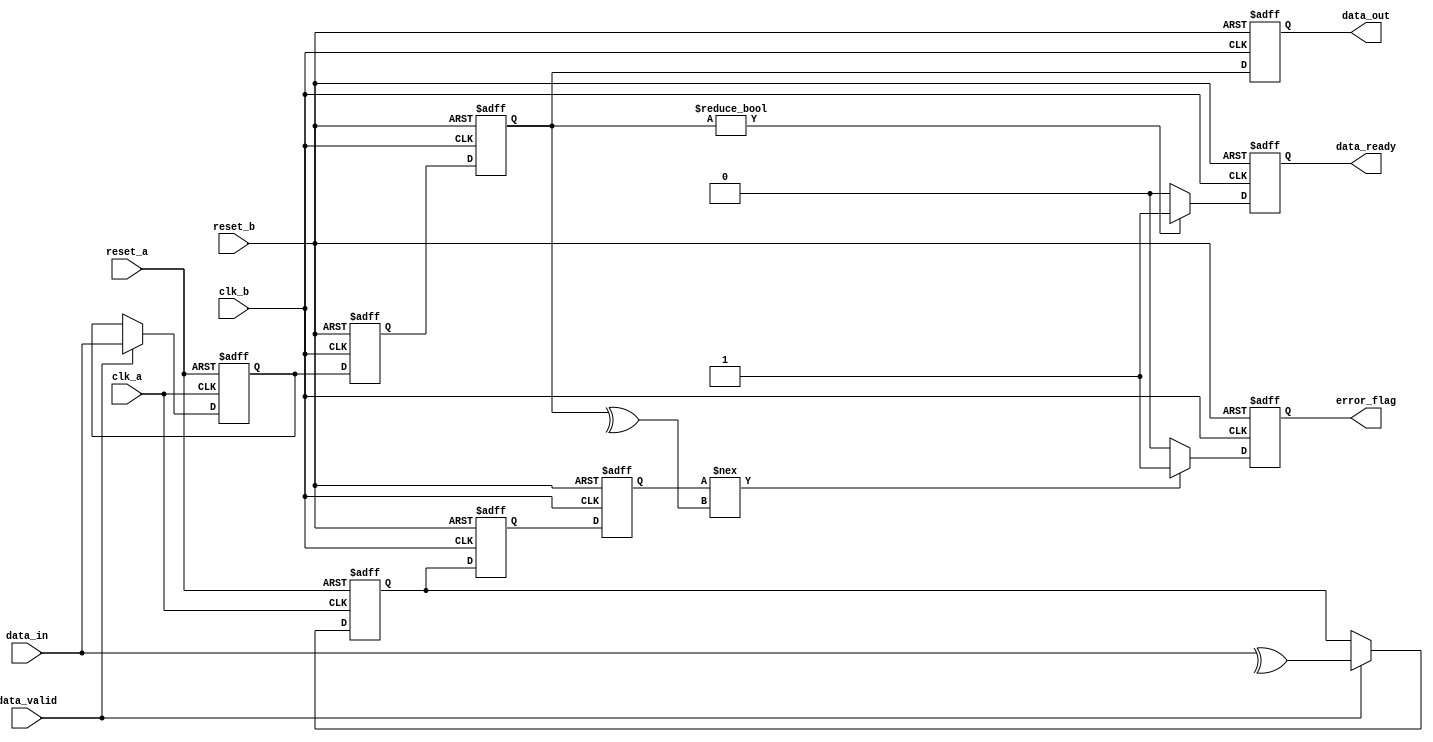
module cdc_with_error_detection #(
    parameter DATA_WIDTH = 8
)(
    input wire clk_a,               // Clock for Domain A
    input wire clk_b,               // Clock for Domain B
    input wire reset_a,             // Reset signal for Domain A
    input wire reset_b,             // Reset signal for Domain B
    input wire [DATA_WIDTH-1:0] data_in, // Data input from Domain A
    input wire data_valid,          // Signal indicating data is valid
    output reg [DATA_WIDTH-1:0] data_out, // Synchronized data output to Domain B
    output reg error_flag,          // Error flag indicating data transfer error
    output reg data_ready           // Signal indicating data is ready in Domain B
);

// Internal signals
reg [DATA_WIDTH-1:0] data_buffer; // Buffer for data in Domain A
reg parity_bit;                   // Parity bit for error detection
reg [DATA_WIDTH-1:0] sync_data;   // Synchronized data in Domain B
reg sync_valid;                   // Valid signal for synchronized data

// Data Input Buffer and Parity Calculation in Domain A
always @(posedge clk_a or posedge reset_a) begin
    if (reset_a) begin
        data_buffer <= 0;
        parity_bit <= 0;
    end else if (data_valid) begin
        data_buffer <= data_in;
        parity_bit <= ^data_in; // Calculate parity
    end
end

// Synchronization Flip-Flops in Domain B
reg [DATA_WIDTH-1:0] sync_ff1, sync_ff2; // Two stages of synchronization flip-flops
reg sync_parity_ff1, sync_parity_ff2; // Parity flip-flops

always @(posedge clk_b or posedge reset_b) begin
    if (reset_b) begin
        sync_ff1 <= 0;
        sync_ff2 <= 0;
        sync_parity_ff1 <= 0;
        sync_parity_ff2 <= 0;
        data_out <= 0;
        error_flag <= 0;
        data_ready <= 0;
    end else begin
        // Synchronize data
        sync_ff1 <= data_buffer;
        sync_ff2 <= sync_ff1;
        
        // Synchronize parity
        sync_parity_ff1 <= parity_bit;
        sync_parity_ff2 <= sync_parity_ff1;

        // Assign synchronized data to output
        data_out <= sync_ff2;

        // Check for errors using parity
        if (sync_parity_ff2 !== (^sync_ff2)) begin
            error_flag <= 1; // Error detected
        end else begin
            error_flag <= 0; // No error
        end

        // Indicate data is ready
        data_ready <= (sync_ff2 != 0) ? 1 : 0; // Simple check for valid data
    end
end

endmodule